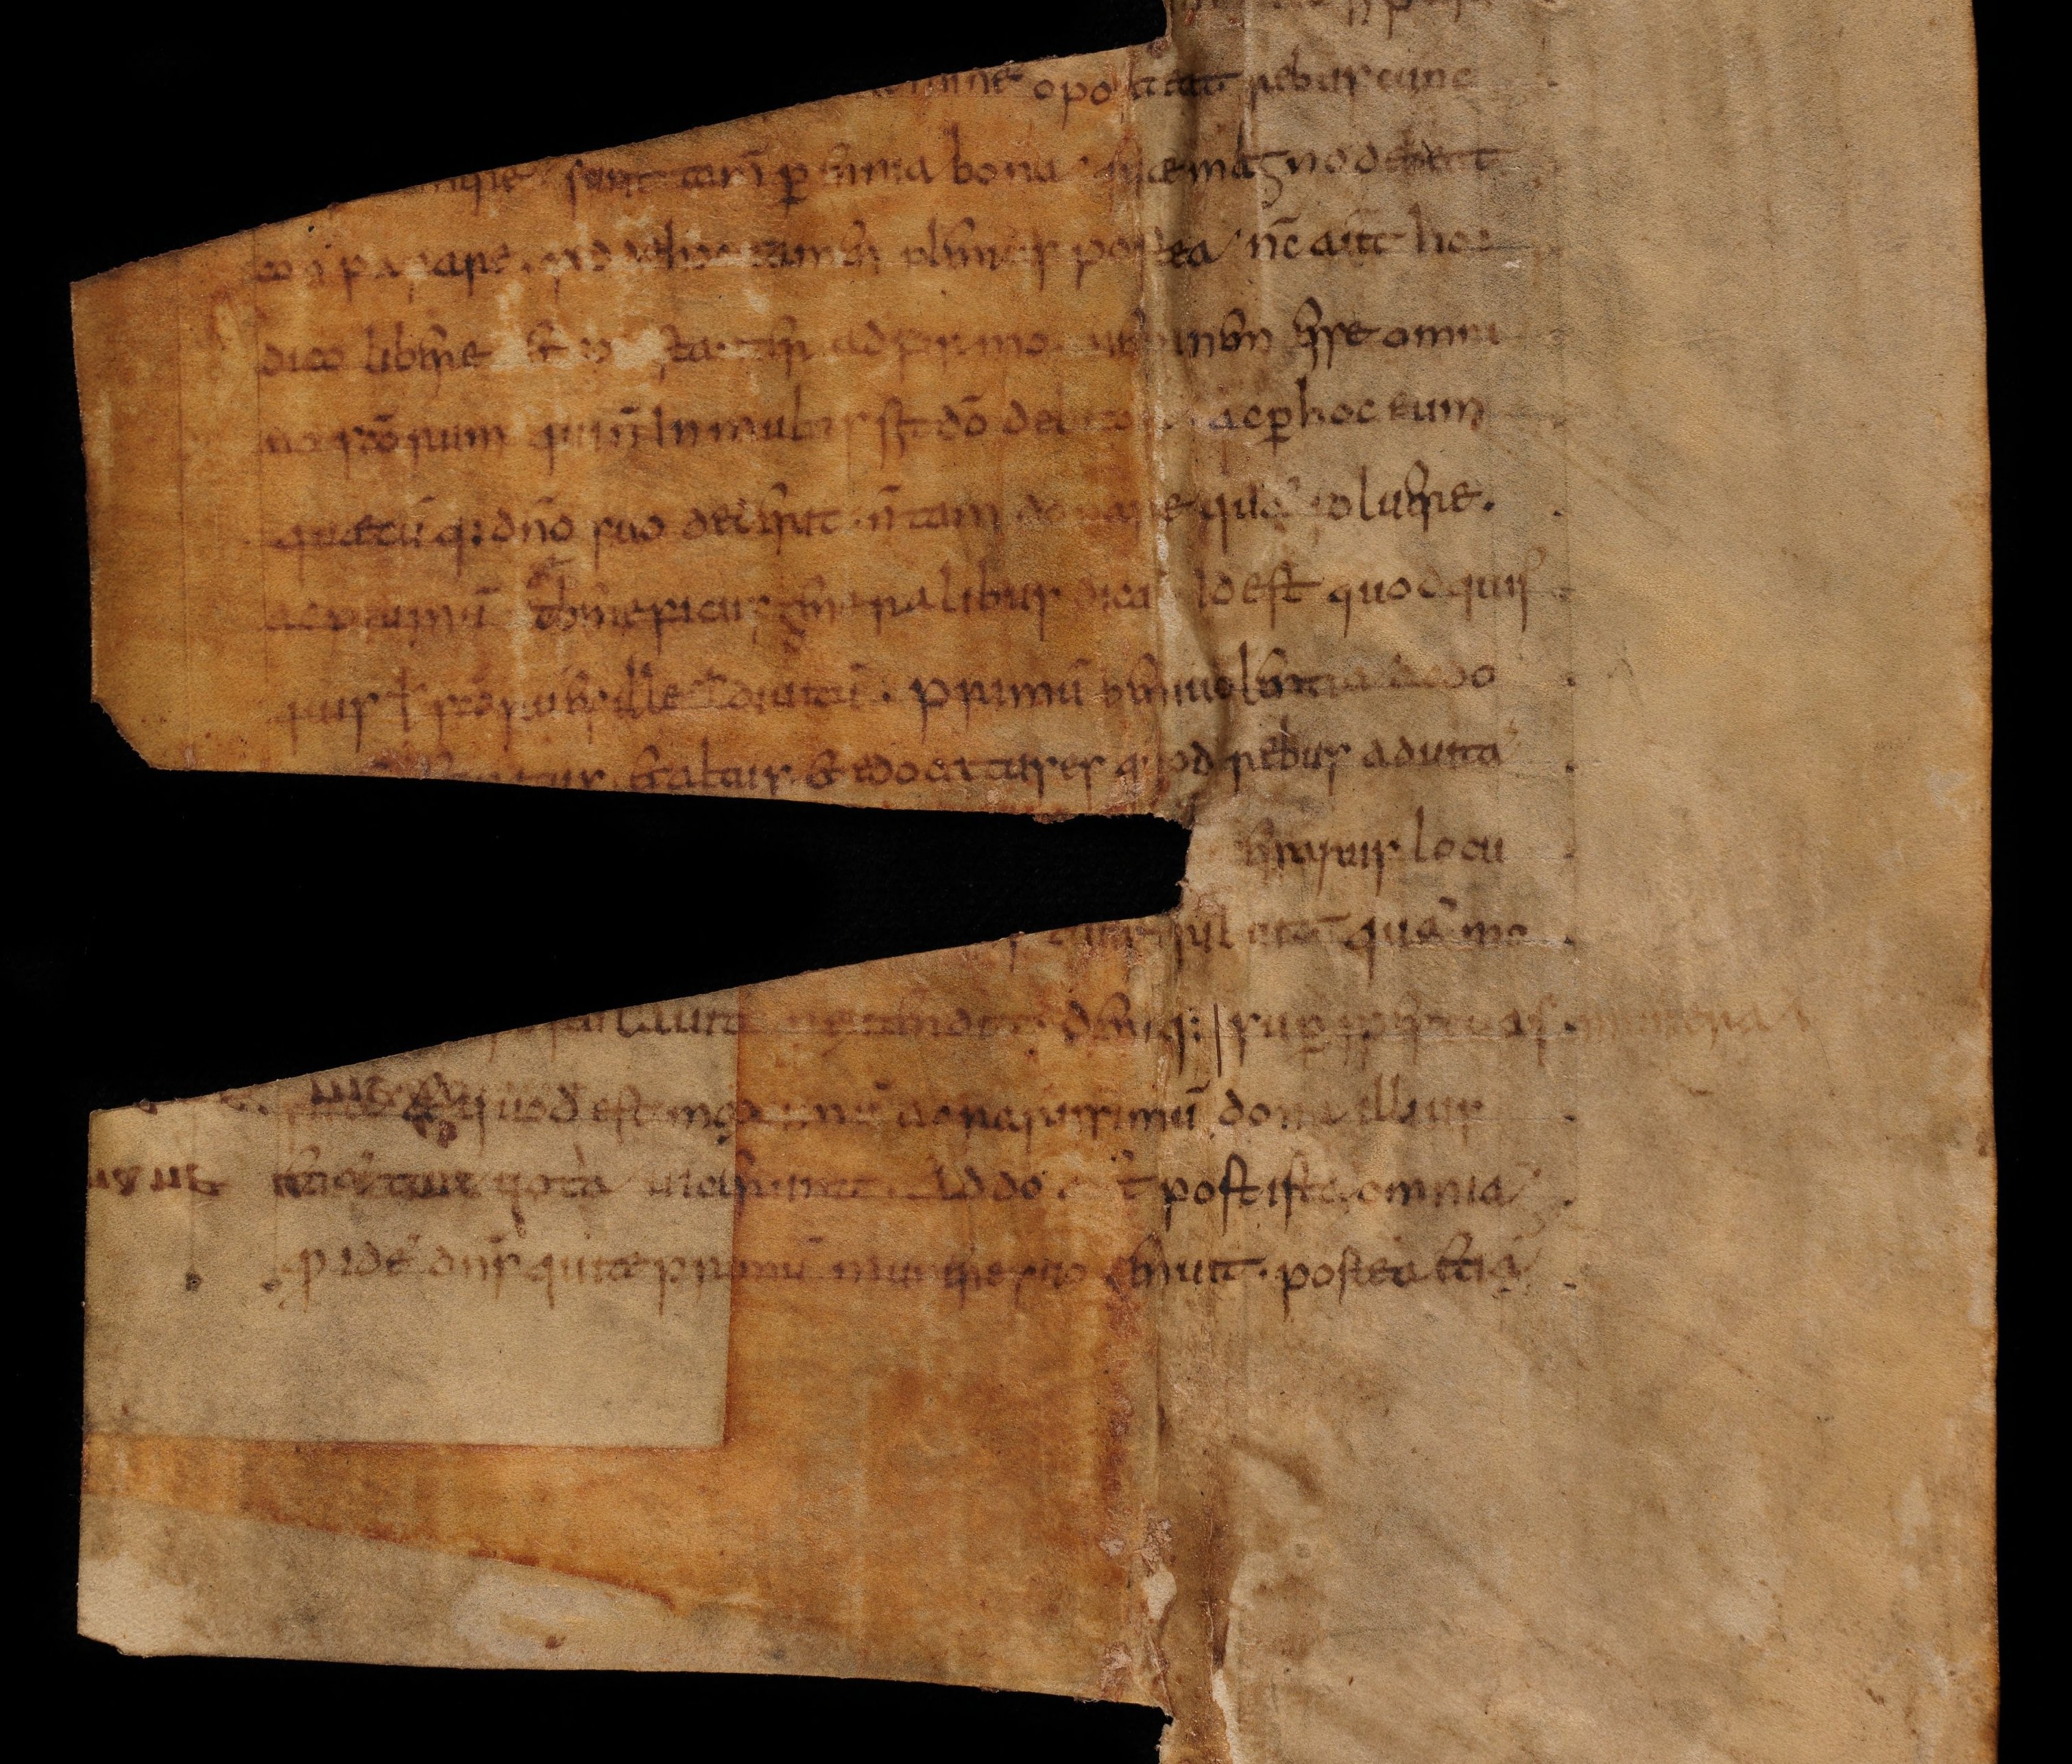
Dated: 800–824